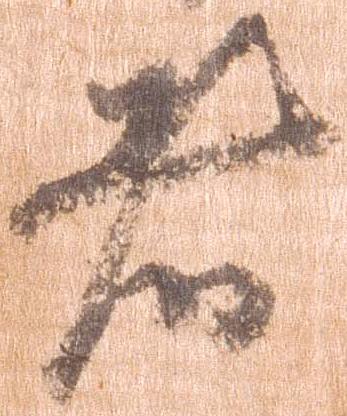
者